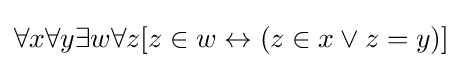
\forall x\forall y\exists w\forall z[z\in w\leftrightarrow (z\in x\lor z=y)]